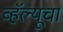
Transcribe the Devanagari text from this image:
व्हॅल्यूचा